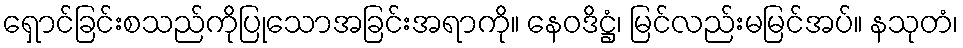
ရှောင်ခြင်းစသည်ကိုပြုသောအခြင်းအရာကို။ နေဝဒိဋ္ဌံ၊ မြင်လည်းမမြင်အပ်။ နသုတံ၊